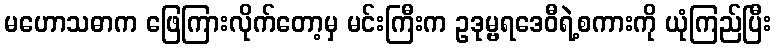
မဟောသဓာက ဖြေကြားလိုက်တော့မှ မင်းကြီးက ဥဒုမ္ဗရဒေဝီရဲ့စကားကို ယုံကြည်ပြီး